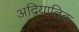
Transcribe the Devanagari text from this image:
अद्रियातिक